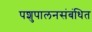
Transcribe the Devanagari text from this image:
पशुपालनसंबंधित